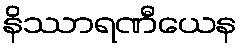
နိဿာရဏီယေန